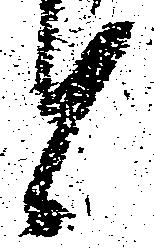
と